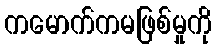
ကမောက်ကမဖြစ်မှုကို